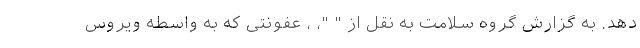
دهد. به گزارش گروه سلامت به نقل از " "، ، عفونتی که به واسطه ویروس